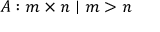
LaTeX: A : m \times n \mid m > n